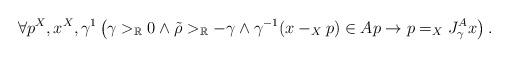
LaTeX: \begin{align*}\forall p^X,x^X,\gamma^1\left(\gamma>_\mathbb{R}0\land \tilde{\rho}>_\mathbb{R}-\gamma\land\gamma^{-1}(x-_Xp)\in Ap\rightarrow p=_X J^A_{\gamma} x\right).\end{align*}